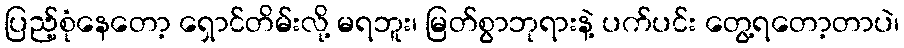
ပြည့်စုံနေတော့ ရှောင်တိမ်းလို့ မရဘူး၊ မြတ်စွာဘုရားနဲ့ ပက်ပင်း တွေ့ရတော့တာပဲ၊